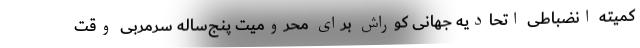
کمیته انضباطی اتحادیه جهانی کوراش برای محرومیت پنج‌ساله سرمربی وقت